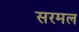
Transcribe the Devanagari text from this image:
सरमल